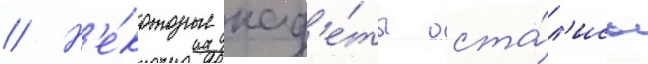
// Н'е́которые кад'е́ты оста́л'ись